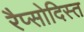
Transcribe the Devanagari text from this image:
रैप्सोदिस्त